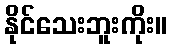
နိုင်သေးဘူးကိုး။